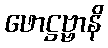
ဖောဋ္ဌဗ္ဗာနိ